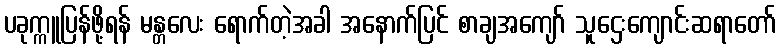
ပခုက္ကူပြန်ဖို့ရန် မန္တလေး ရောက်တဲ့အခါ အနောက်ပြင် စာချအကျော် သူဌေးကျောင်းဆရာတော်